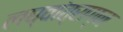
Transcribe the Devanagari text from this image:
लघ्वांत्राग्न